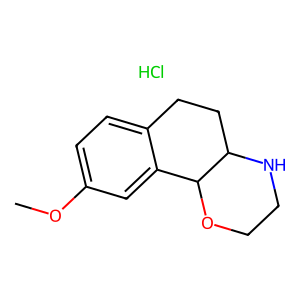
SMILES: COc1ccc2c(c1)C1OCCNC1CC2.Cl
Inhibits HIV replication: No